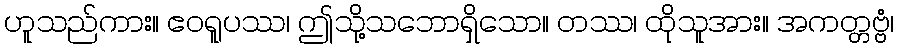
ဟူသည်ကား။ ဧဝရူပဿ၊ ဤသို့သဘောရှိသော။ တဿ၊ ထိုသူအား။ အကတ္တဗ္ဗံ၊